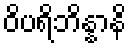
ဝိပရိဘိန္နာနိ